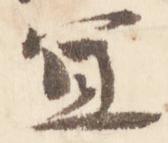
宜